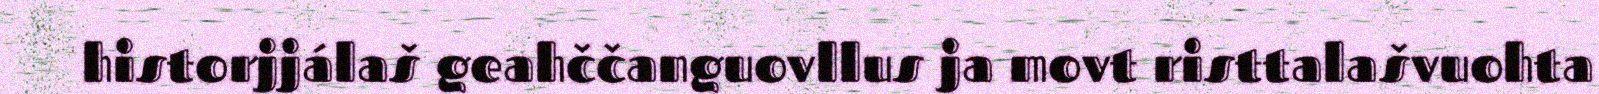
historjjálaš geahččanguovllus ja movt risttalašvuohta